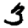
Digit: 3